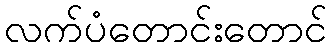
လက်ပံတောင်းတောင်